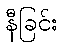
နီခြင်း